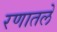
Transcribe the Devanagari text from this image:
रणातले